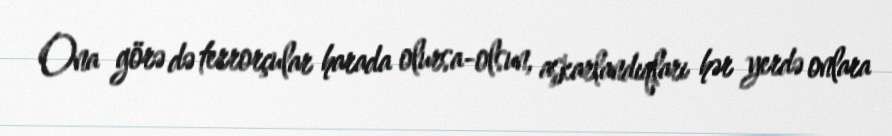
Ona görə də terrorçular harada olursa-olsun, aşkarlandıqları hər yerdə onlara